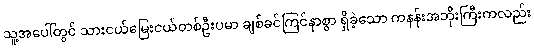
သူ့အပေါ်တွင် သားငယ်မြေးငယ်တစ်ဦးပမာ ချစ်ခင်ကြင်နာစွာ ရှိခဲ့သော ကနန်းအဘိုးကြီးကလည်း